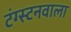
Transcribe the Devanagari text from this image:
टंग्स्टनवाला